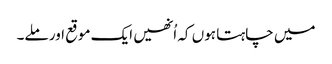
میں چاہتا ہوں کہ اُنھیں ایک موقع اور ملے۔